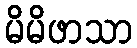
မိမိဖာသာ